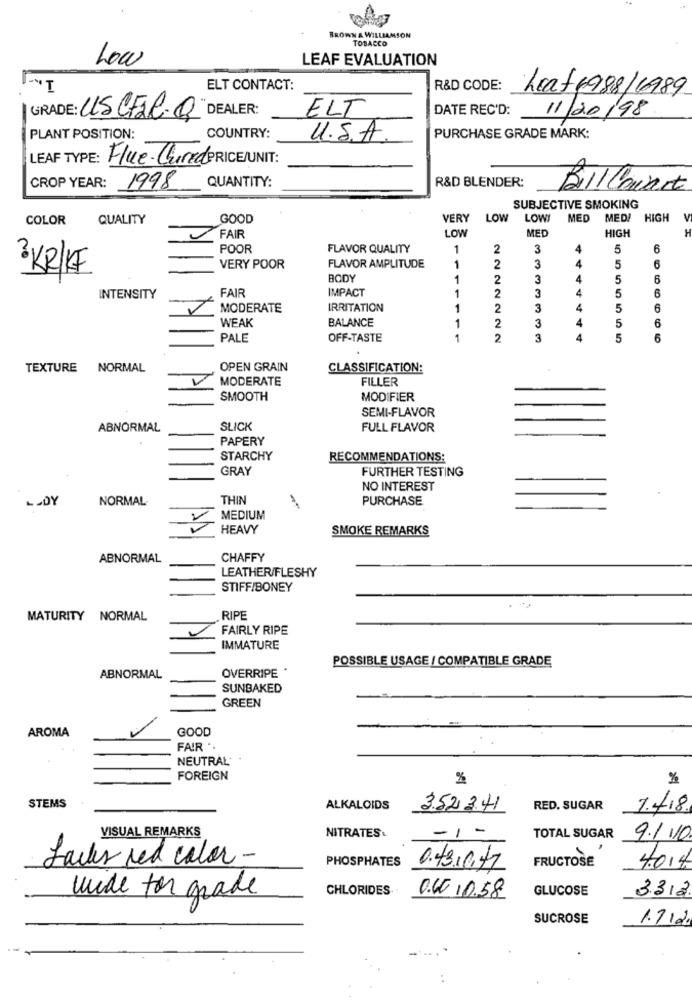
BROWN & WILLIAMSON
TOBACCO
LEAF EVALUATION
Loa
ELT CONTACT:
R&D CODE:
Leat 4988/1989
ELT
DATE REC'D: 11/20/98
GRADE: ULS CFAC-Q DEALER:
PLANT POSITION:
COUNTRY:
U.S.A.
PURCHASE GRADE MARK:
LEAF TYPE: Flue- Cured PRICE/UNIT:
R&D BLENDER:
CROP YEAR:
1998
QUANTITY:
BillCainrt
SUBJECTIVE SMOKING
COLOR
QUALITY
GOOD
VERY
LOW
LOW!
MED MED/ HIGH
FAIR
MED
HIGH
LOW
POOR
FLAVOR QUALITY
1
2
3
5
6
1
3 KR/KF
VERY POOR
FLAVOR AMPLITUDE
2
3
4
5
6
BODY
1
2
3
4
5
6
IMPACT
1
2
3
4
5
INTENSITY
FAIR
MODERATE
IRRITATION
1
2
3
4
5
6
WEAK
BALANCE
3
4
5
6
1
2
PALE
OFF-TASTE
1
2
3
4
5
6
TEXTURE NORMAL
OPEN GRAIN
CLASSIFICATION:
MODERATE
FILLER
SMOOTH
MODIFIER
SEMI-FLAVOR
ABNORMAL
SLICK
FULL FLAVOR
PAPERY
STARCHY
RECOMMENDATIONS:
GRAY
FURTHER TESTING
NO INTEREST
-- DY
NORMAL
THIN
PURCHASE
MEDIUM
HEAVY
SMOKE REMARKS
ABNORMAL
CHAFFY
LEATHER/FLESHY
STIFF/BONEY
MATURITY NORMAL
RIPE
FAIRLY RIPE
IMMATURE
POSSIBLE USAGE / COMPATIBLE GRADE
OVERRIPE *
ABNORMAL
SUNBAKED
GREEN
AROMA
GOOD
FAIR *.
NEUTRAL*
FOREIGN
%
%
STEMS
ALKALOIDS
3.523.41
RED. SUGAR
7.418.
-1-
VISUAL REMARKS
NITRATES
TOTAL SUGAR
9.110
Lacker red color -
PHOSPHATES
FRUCTOSE
4.014
0.43.0.47
wide for grade
CHLORIDES.
GLUCOSE
3312
0.6.10.58
SUCROSE
1.712.
..